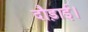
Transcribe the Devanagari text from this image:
दौड़ाई।